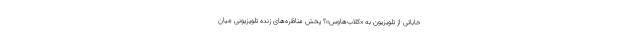
خاباتی از تلویزیون به «کلاب‌هاوس»؟ پخش مناظره‌های زنده تلویزیونی میان